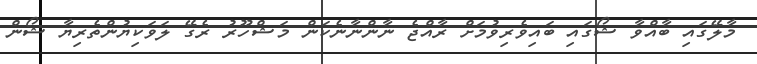
މާލޭގައި ބާއްވާ ޝޯގައި ބައިވެރިވުމަށް ރާއްޖެ ނާންނާނެކަން މަޝްހޫރު ރެގޭ ލަވަކިޔުންތެރިޔާ ޝޯން